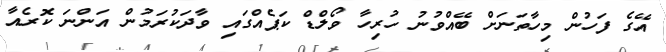
އޭގެ ފަހުން މިހާތަނަށް ބޭއްވުނު ހުރިހާ ވޯލްޑް ކަޕެއްގައި ވާދަކުރަމުން އަންނަ ކޮރެއާ